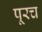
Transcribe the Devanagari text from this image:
पूरच